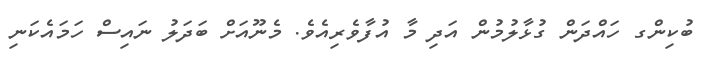
ބުކިންގ ހައްދަން ގުޅާލުމުން އަދި މާ އުފާވެރިއެވެ. މެނޫއަށް ބަދަލު ނައިސް ހަމައެކަނި